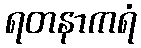
ရတနာကရံ